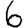
Digit: 6